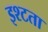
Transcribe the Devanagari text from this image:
इश्टता